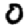
Digit: 0